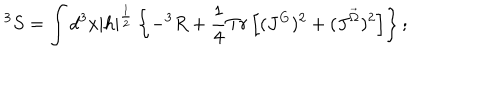
LaTeX: ^ 3 S = \int d ^ { 3 } x { \mid h \mid } ^ { \frac { 1 } { 2 } } \left\{ - ^ { 3 } R + \frac { 1 } { 4 } T r \left[ ( J ^ { G } ) ^ { 2 } + ( J ^ { \vec { \Omega } } ) ^ { 2 } \right] \right\} ;